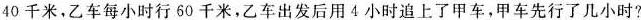
40千米，乙车每小时行60千米，乙车出发后用4小时追上了甲车，甲车先行了几小时?